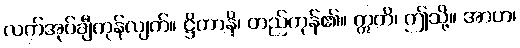
လက်အုပ်ချီကုန်လျက်။ ဋ္ဌိတာနိ၊ တည်ကုန်၏။ ဣတိ၊ ဤသို့။ အာဟ၊